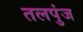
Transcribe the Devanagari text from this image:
तलपुंज